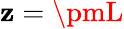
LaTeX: \mathbf{z}=\pmL